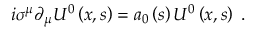
i \sigma ^ { \mu } \partial _ { \mu } U ^ { 0 } \left( x , s \right) = a _ { 0 } \left( s \right) U ^ { 0 } \left( x , s \right) \; .